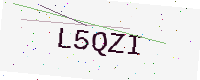
Text: L5QZI